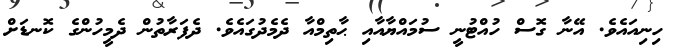
ހިނިއައެވެ. އޭނާ ގޮސް ހުއްޓުނީ ސުމައްޔާއާއި ޙާތިމްއާ ދެމެދުގައެވެ. ދެފަރާތުން ދެމީހުންގެ ކޮނޑަށް